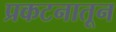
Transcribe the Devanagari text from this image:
प्रकटनातून